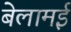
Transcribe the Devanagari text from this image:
बेलामई